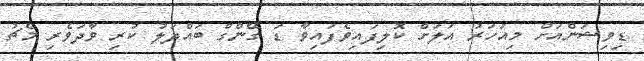
ޑިވިޝަންއަށް މިއަހަރު އަލަށް ކޮލިފައިވެފައިވާ ޑަ ގޭންގް ބައްދަލު ކުރި ވާދަވެރި މެޗު